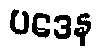
ပဒေန